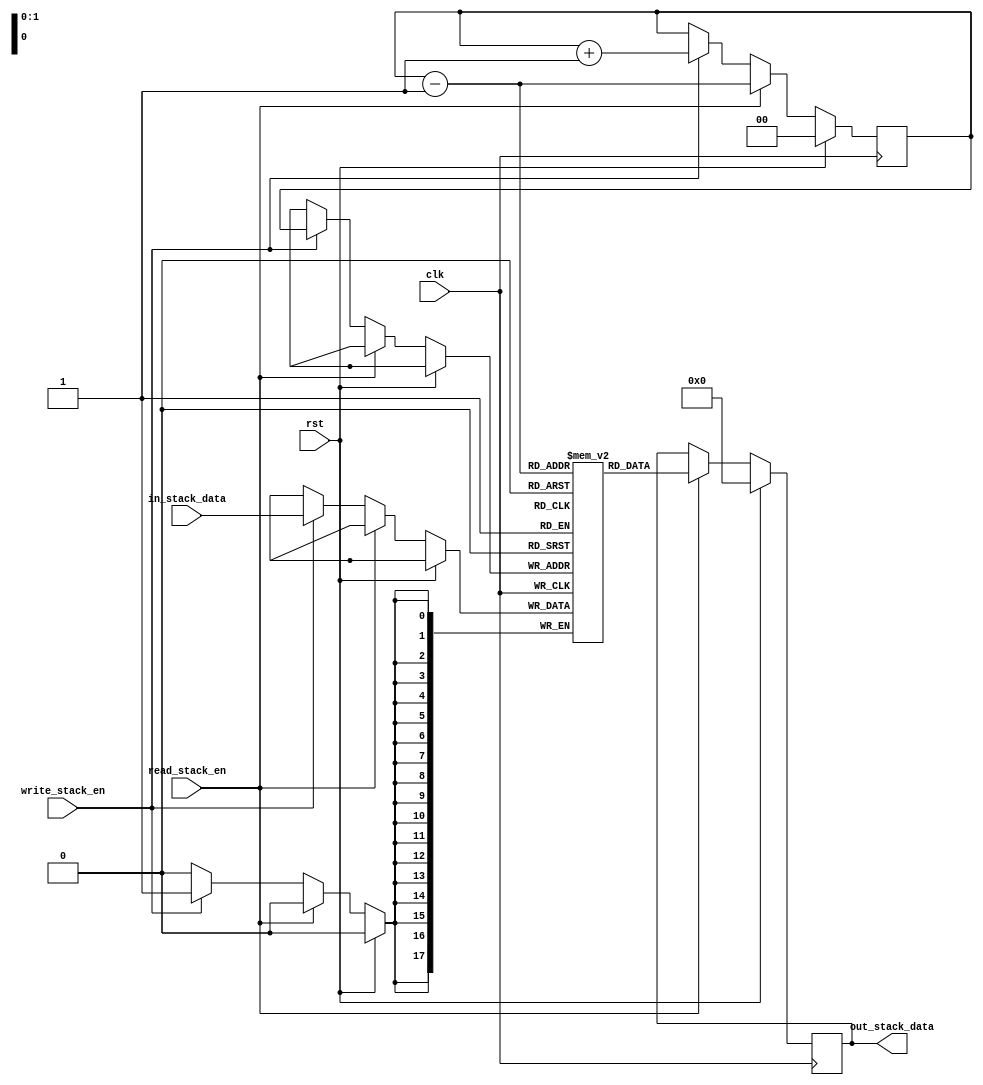
module Stack(out_stack_data,in_stack_data,clk,rst,
	read_stack_en,write_stack_en);
	input [17:0] in_stack_data; //Input to the stack
	input clk,rst,read_stack_en,write_stack_en;
	output [17:0] out_stack_data; //Output of the stack
	reg [17:0] out_stack_data;
	reg [17:0] Stack [3:0];
	reg [1:0] SP; //Stack pointer
	
	always @(posedge clk)
		begin
			if(rst) //Reset condition
				begin
					out_stack_data<=18'd0;
					SP<=2'd0;
				end
			else
				begin
					if(read_stack_en) //Pop operation
						begin
							SP<=SP-1;
							out_stack_data<=Stack[SP-1];
						end
					else if(write_stack_en) //Push operation
						begin
							Stack[SP]<=in_stack_data;
							SP<=SP+1;
					end
				end
			end
endmodule